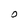
Character: O